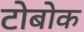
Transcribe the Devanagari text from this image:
टोबोक